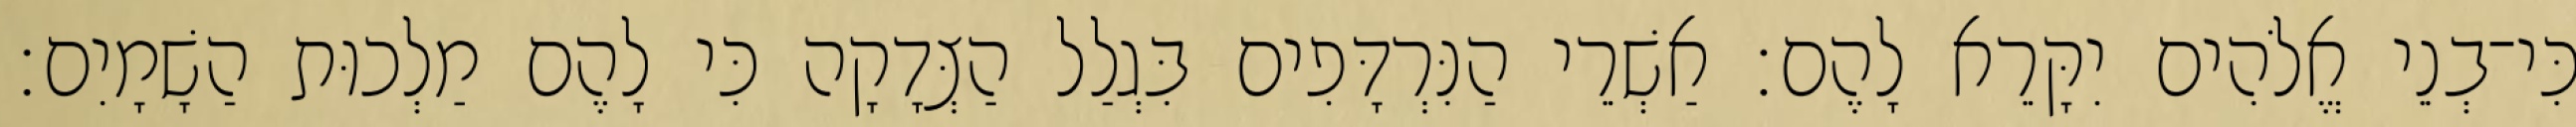
כִּי־בְנֵי אֱלֹהִים יִקָּרֵא לָהֶם׃ אַשְׁרֵי הַנִּרְדָּפִים בִּגְלַל הַצְּדָקָה כִּי לָהֶם מַלְכוּת הַשָׁמָיִם׃